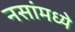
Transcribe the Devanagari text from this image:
नसांमध्ये